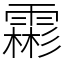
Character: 霦